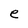
Character: e